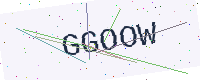
Text: GGOOW